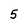
Character: 5